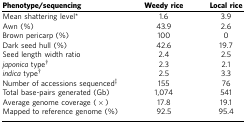
<table><thead><tr><td><b>Phenotype/sequencing</b></td><td><b>Weedy rice</b></td><td><b>Local rice</b></td></tr></thead><tbody><tr><td>Mean shattering level*</td><td>1.6</td><td>3.9</td></tr><tr><td>Awn (%)</td><td>43.9</td><td>2.6</td></tr><tr><td>Brown pericarp (%)</td><td>100</td><td>0</td></tr><tr><td>Dark seed hull (%)</td><td>42.6</td><td>19.7</td></tr><tr><td>Seed length width ratio</td><td>2.4</td><td>2.5</td></tr><tr><td><i>japonica</i> type†</td><td>2.3</td><td>2.1</td></tr><tr><td><i>indica</i> type†</td><td>2.5</td><td>3.3</td></tr><tr><td>Number of accessions sequenced‡</td><td>155</td><td>76</td></tr><tr><td>Total base-pairs generated (Gb)</td><td>1,074</td><td>541</td></tr><tr><td>Average genome coverage (× )</td><td>17.8</td><td>19.1</td></tr><tr><td>Mapped to reference genome (%)</td><td>92.5</td><td>95.4</td></tr></tbody></table>